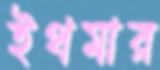
ইথমার